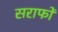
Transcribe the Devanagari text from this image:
सराफों